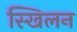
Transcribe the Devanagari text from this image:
स्खिलन